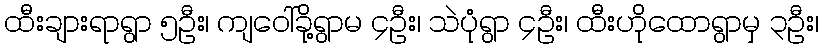
ထီးချားရာရွာ ၅ဦး၊ ကျဝေါ်ခို့ရွာမ ၄ဦး၊ သဲပုံရွာ ၄ဦး၊ ထီးဟိုထောရွာမှ ၃ဦး၊